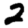
Digit: 2